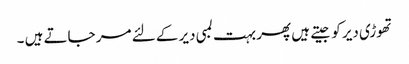
تھوڑی دیر کو جیتے ہیں پھر بہت لمبی دیر کے لئے مر جاتے ہیں ۔